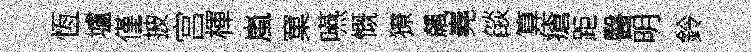
恆壚僅披宫楎嵐窠嚥慨獠飆嶤燄算瘡距醫明鈴